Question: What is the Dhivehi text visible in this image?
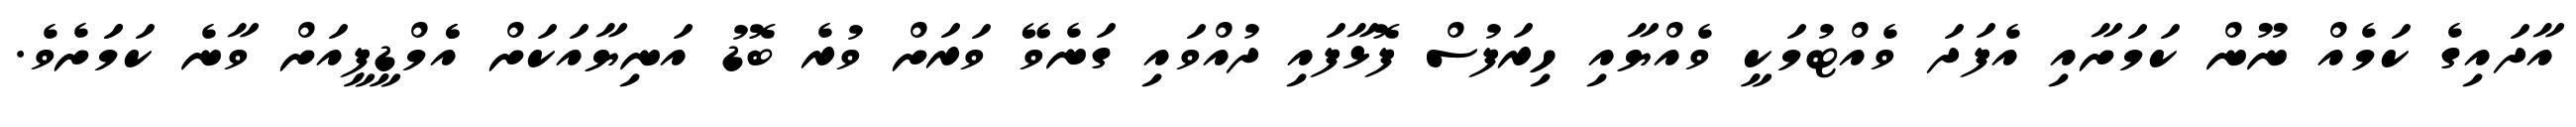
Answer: އާދައިގެ ކަމެއް ނޫން ކަމަށާއި އެފަދަ ވެއްޓުމަކީ ވެއްޔާއި ހިރަފުސް ފޮޅާފައި ދުއްވައި ގަނެވޭ ވަރަށް ވުރެ ބޮޑު އަނިޔާއަކަށް އެެމްޑީޕީއަށް ވާނެ ކަމަަށެވެ.